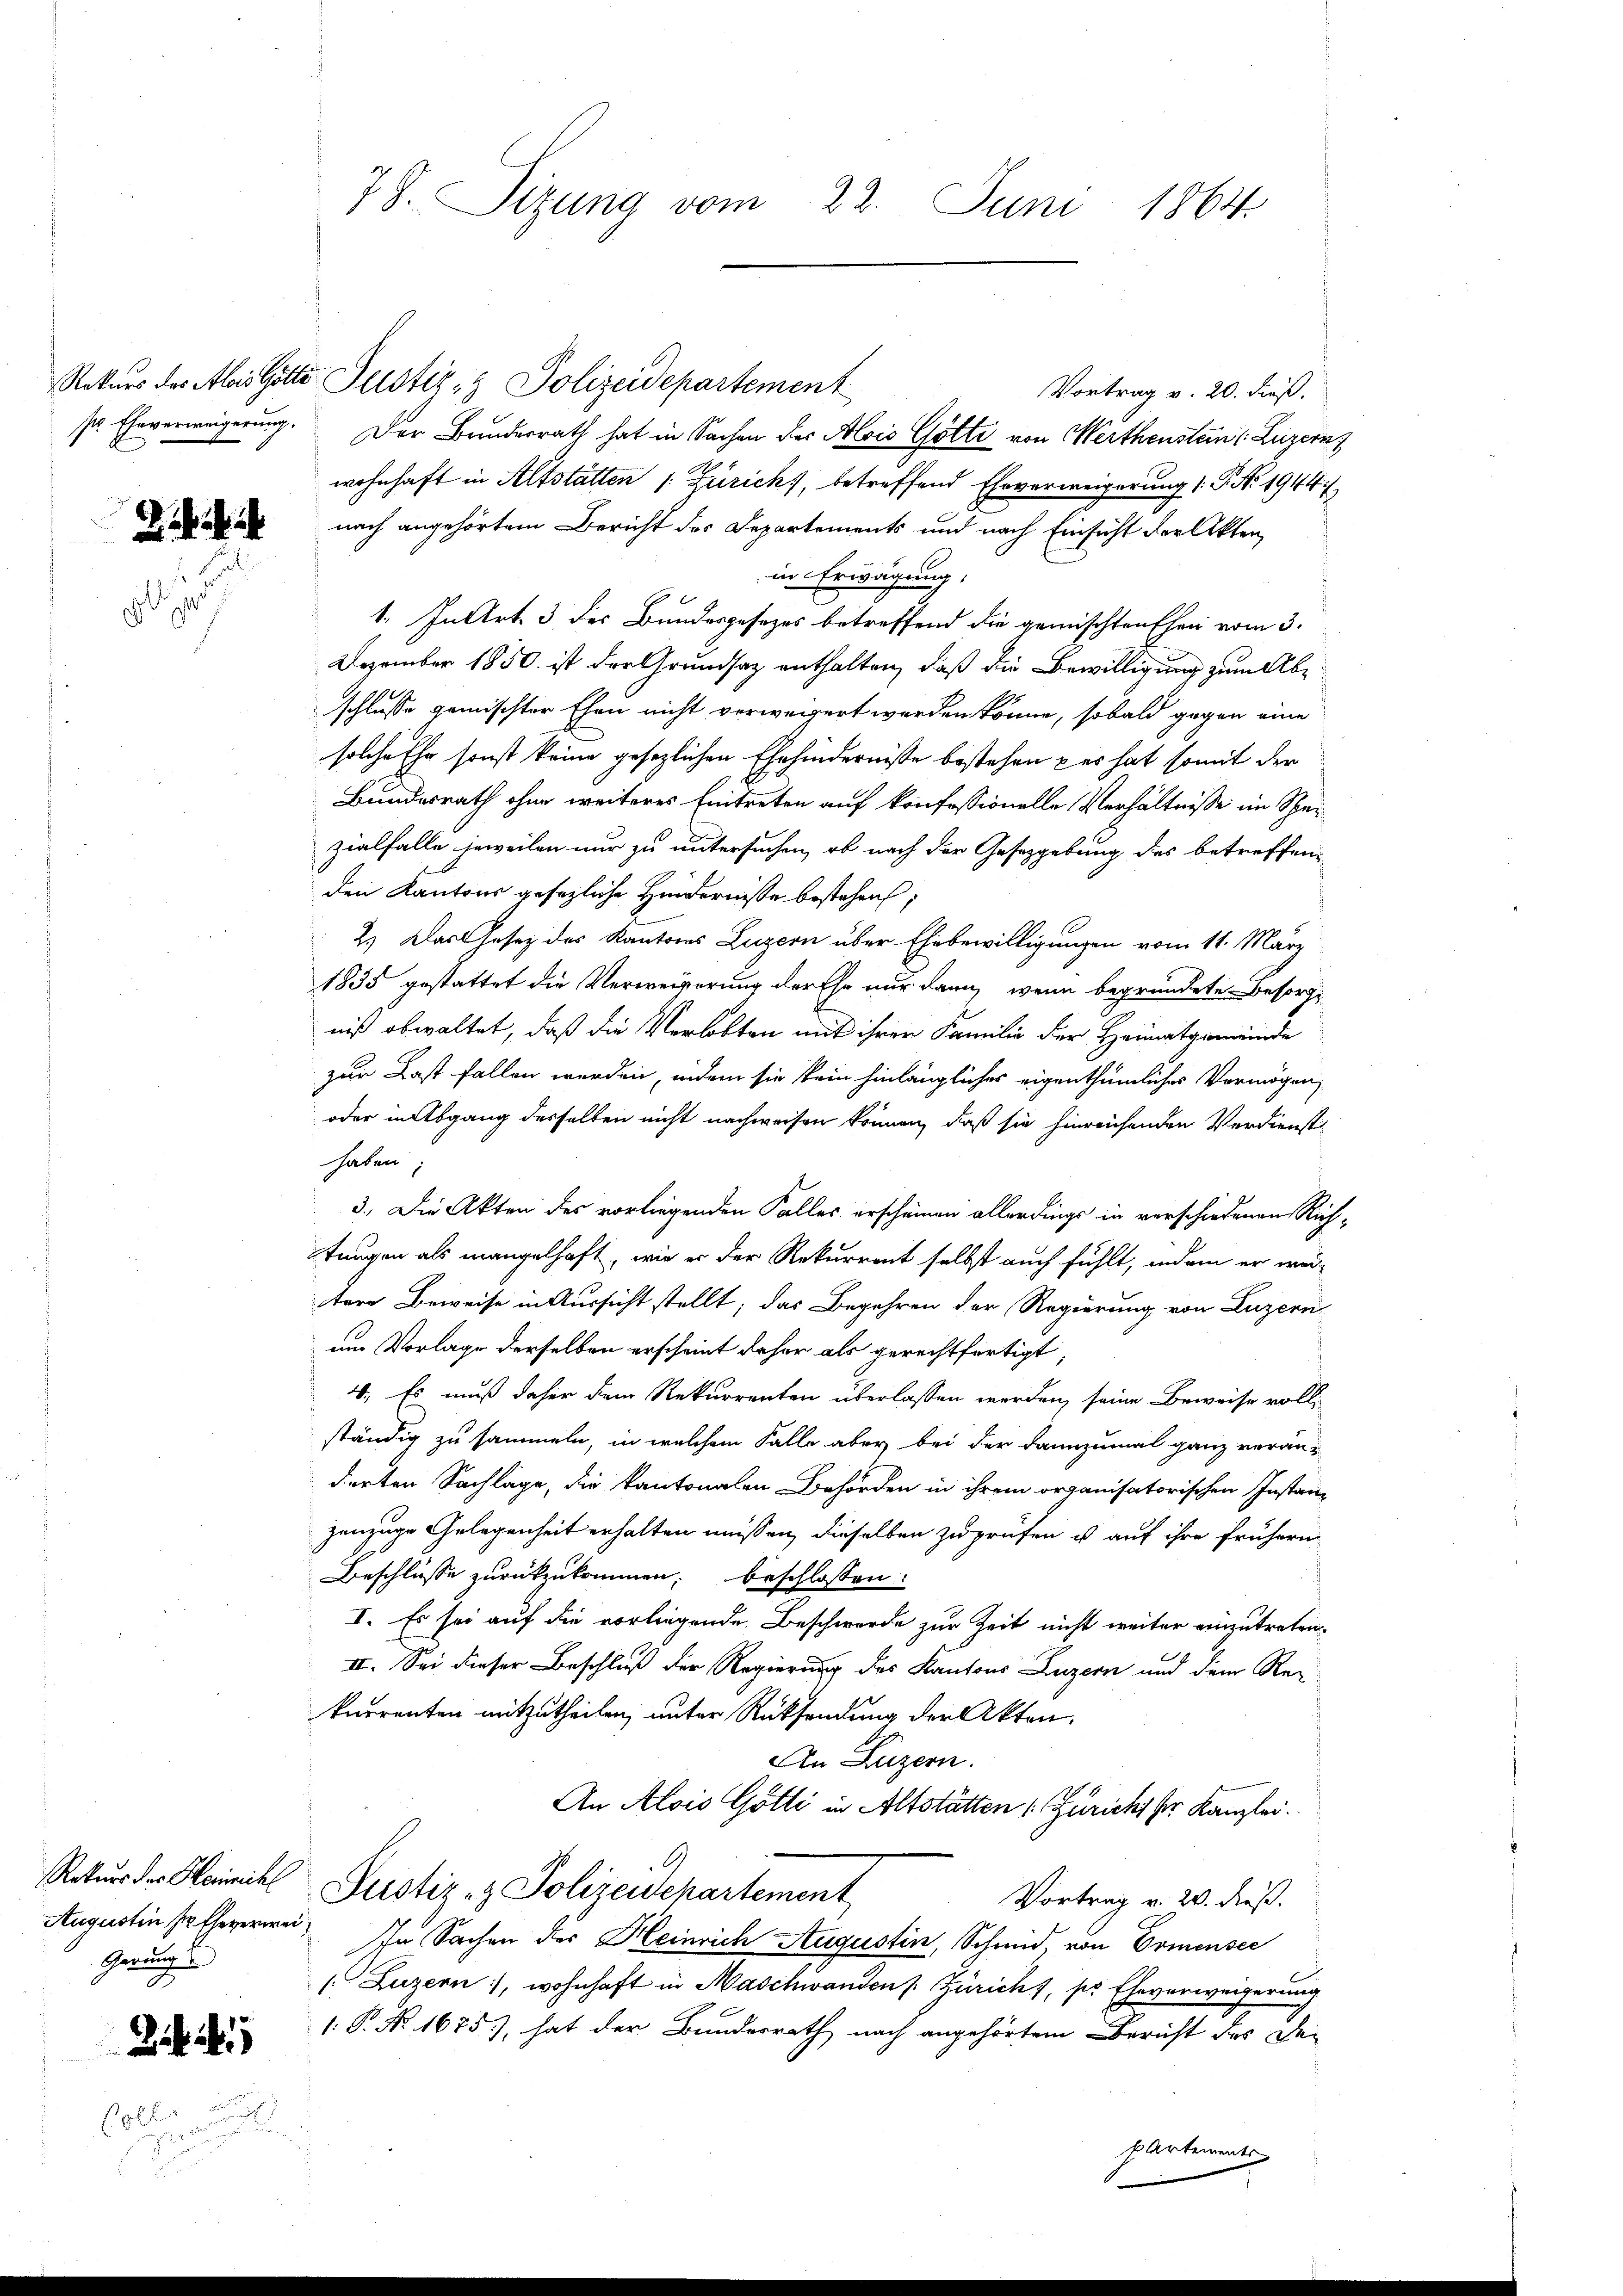
sr. Eheverweigerung.

Rekurs der Heinrich
Gerungs

8l

.

78. Sizung vom 22. Juni 1864.

Vortrag v. 20. dieß,
Der Bundesrath hat in Sachen des Alois Götti von Merthenstein (Luzern
wohnhaft in Altstätten /: Zürich, betreffend Ehrverweigerung 1. P. Nr. 1944 :
nach angehörtem Bericht des Departements und nach Einsicht der Akten
in Erwägung:
1. In Art. 3 des Bundesgesezes betreffend die gemischten Ehen vom 3.
Dezember 1850 ist der Grundsaz enthalten, daß die Bewilligung zum Abschlusse gemischter Ehen nicht verweigert werden könne, sobald gegen eine
solche Ehr sonst keine gesezlichen Ehehindernisse bestehen per hat somit der
Bundesrath ohne weiteres Eintreten auf konfessionelle Verhältnisse im Spei
zialfalle jeweilen nur zu untersuchen, ob nach der Gesetzgebung des betreffenden Kantons gesezliche Hindernisse bestehen;
2.) Das Gesetz des Kantons Luzern über Ehebewilligungen vom 11. März
1835 gestattet die Verweigerung der Ehe nur dann, wenn begründete Besorgt
niß obwaltet, daß die Verlobten mit ihrer Familie der Heimatgemeinde
zur Last fallen werden, indem sie kein hinlängliches eigenthümliches Vermögen,
oder in Abgang desselben nicht nachweisen können, daß sie hinreichenden Verdienst
haben
3. Die Akten des vorliegenden Falles erscheinen allerdings in verschiedenen Rich-
tungen als mangelhaft, wie er der Rekurrent selbst auch fühlt, indem er weitore Beweise in Aussicht stellt; das Begehren der Regierung von Luzern
um Vorlage derselben erscheint daher als gerechtfertigt,
4. Es muß daher dem Rekurrenten überlassen werden, seine Beweise vollständig zu sammeln, in welchem Falle aber bei der dannzumal ganz verändierten Sachläge, die kantonalen Behörden in ihrem organisatorischen Instanz
zenzuge Gelegenheit erhalten müssen, dieselben zu prüfen u auf ihre frühern
Beschlüsse zurückzukommen, beschlossen:
I. Es sei auf die vorliegende Beschwerde zur Zeit nicht weiter einzutreten.
II. Sei dieser Beschluß der Regierung des Kantons Luzern und dem Re-
kurrenten mitzutheilen, unter Rücksendung der Akten.
An Luzern.
An Alois Götti in Altstätten (Züricht her Kanzlei.
Justiz- & Polizeidepartement
Vortrag v. 20. dieß.
Augustin Eheverwei. In Sachen des Heinrich Augustin, Schmid, von Comensee
/. Luzern, wohnhaft in Maschwanden Züricht, pr Eheverweigerung
: P. Nr. 1675), hat der Bundesrath nach angehörtem Bericht des De-
partements

Rekurs des Alois Götter Justiz- & Polizeidepartement